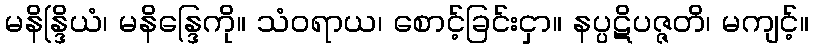
မနိန္ဒြိယံ၊ မနိန္ဒြေကို။ သံဝရာယ၊ စောင့်ခြင်းငှာ။ နပ္ပဋိပဇ္ဇတိ၊ မကျင့်။